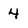
Character: 4